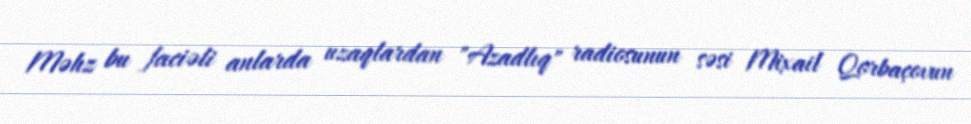
Məhz bu faciəli anlarda uzaqlardan "Azadlıq" radiosunun səsi Mixail Qorbaçovun